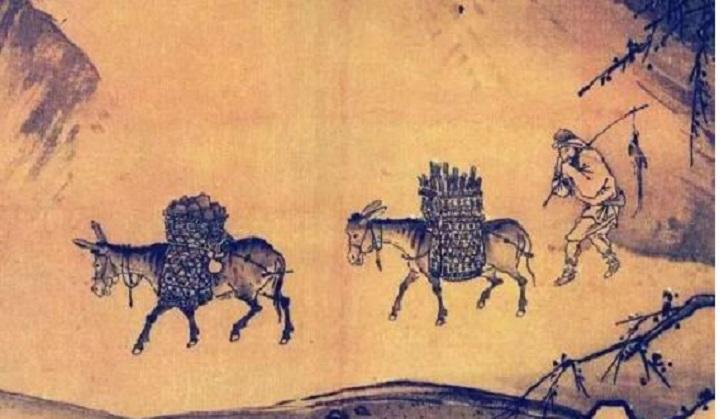
夜来城外一尺雪，晓驾炭车辗冰辙。